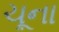
ચૂના